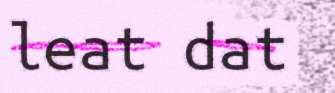
leat dat